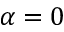
\alpha = 0